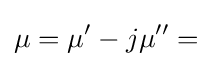
\mu =\mu '-j\mu ''=